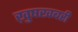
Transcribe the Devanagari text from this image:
ख़ुषखबरी